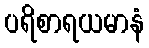
ပရိစာရယမာနံ